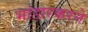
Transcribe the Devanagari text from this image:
भांडारकरने